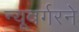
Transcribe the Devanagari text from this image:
न्यूबर्गरने